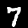
Label: 7